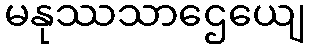
မနုဿသာဌေယျေ